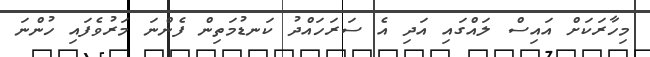
މިހާރަކަށް އައިސް ލައްގައި އަދި އެ ސަރަހައްދު ކަނޑުމަތިން ފެންނަ މަރުވެފައި ހުންނަ